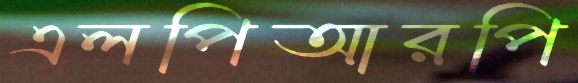
এলপিআরপি